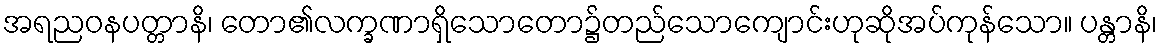
အရညဝနပတ္တာနိ၊ တော၏လက္ခဏာရှိသောတော၌တည်သောကျောင်းဟုဆိုအပ်ကုန်သော။ ပန္တာနိ၊